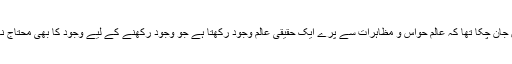
میں جان چکا تھا کہ عالمِ حواس و مظاہرات سے پرے ایک حقیقی عالم وجود رکھتا ہے جو وجود رکھنے کے لیے وجود کا بھی محتاج نہیں۔